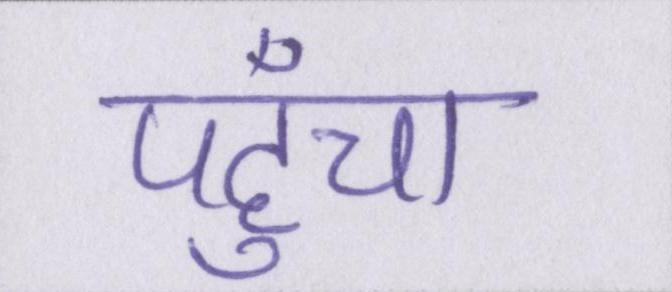
पहुँचा